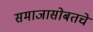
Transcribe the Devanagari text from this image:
समाजासोबतचे